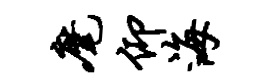
麾仰海